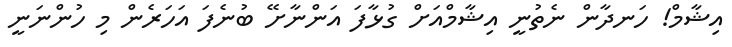
އިޝާމް! ހަނދާން ނެތުނީ އިޝާމްއަށް ގުޅާފަ އަންނާށޭ ބުނެފަ އަހަރެން މި ހުންނަނީ